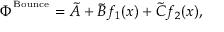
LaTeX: \Phi ^ { ^ \mathrm { B o u n c e } } = \tilde { A } + \tilde { B } f _ { 1 } ( x ) + \tilde { C } f _ { 2 } ( x ) ,